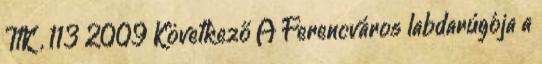
ItK , 113 2009 Következő A Ferencváros labdarúgója a